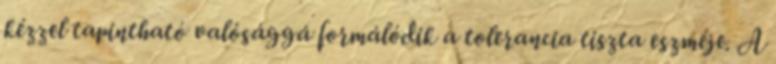
kézzel tapintható valósággá formálódik a tolerancia tiszta eszméje. A